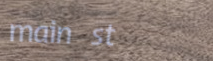
main st